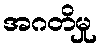
အဂတိမှု